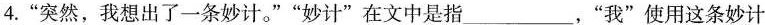
4.”突然，我想出了一条妙计。””妙计”在文中是指___，”我”使用这条妙计